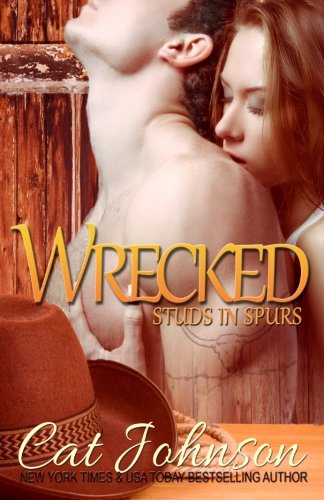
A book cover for Wrecked: a Studs in Spurs novel (Volume 9); Cat Johnson; Romance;